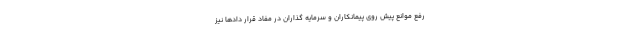
رفع موانع پیش روی پیمانکاران و سرمایه گذاران در مفاد قرار دادها نیز